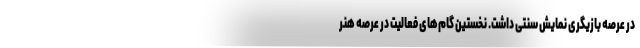
در عرصه بازیگری نمایش سنتی داشت. نخستین گام‌های فعالیت در عرصه هنر